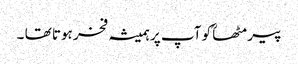
پیر مٹھاؒ کو آپ پر ہمیشہ فخر ہوتا تھا ۔